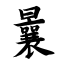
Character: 曩